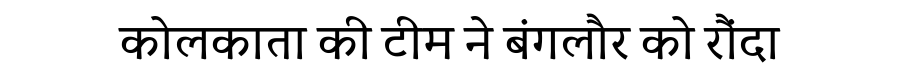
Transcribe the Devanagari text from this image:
कोलकाता की टीम ने बंगलौर को रौंदा